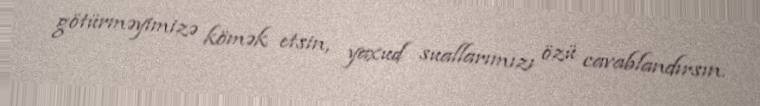
götürməyimizə kömək etsin, yaxud suallarımızı özü cavablandırsın.